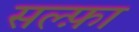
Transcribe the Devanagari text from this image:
सल्फ़ा